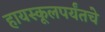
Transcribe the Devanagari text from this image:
हायस्कूलपर्यंतचे